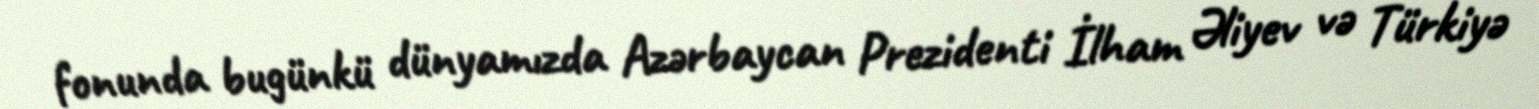
fonunda bugünkü dünyamızda Azərbaycan Prezidenti İlham Əliyev və Türkiyə